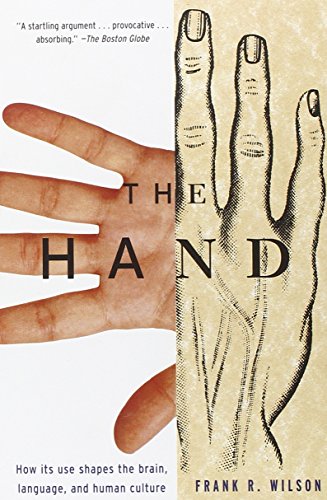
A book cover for The Hand: How Its Use Shapes the Brain, Language, and Human Culture; Frank R. Wilson; Politics & Social Sciences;